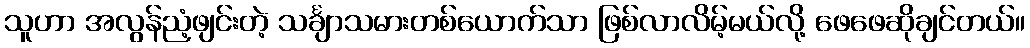
သူဟာ အလွန်ညံ့ဖျင်းတဲ့ သင်္ချာသမားတစ်ယောက်သာ ဖြစ်လာလိမ့်မယ်လို့ ဖေဖေဆိုချင်တယ်။